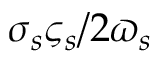
\sigma _ { s } \varsigma _ { s } / 2 \varpi _ { s }